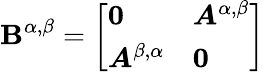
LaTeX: \boldsymbol{\mathbf{B}}^{\alpha,\beta}=\left[\begin{array}{ll}{\boldsymbol{0}}&{\boldsymbol{A}^{\alpha,\beta}}\\ {\boldsymbol{A}^{\beta,\alpha}}&{\boldsymbol{0}}\end{array}\right]